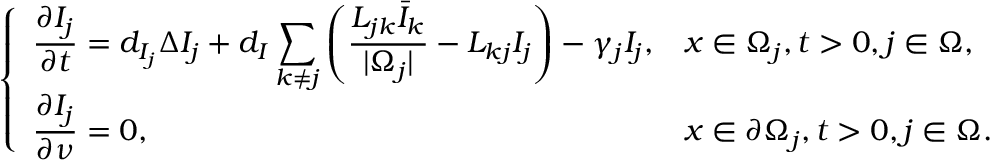
\left\{ \begin{array} { l l } { \displaystyle \frac { \partial I _ { j } } { \partial t } = d _ { I _ { j } } \Delta I _ { j } + d _ { I } \sum _ { k \neq j } \left( \frac { L _ { j k } \bar { I } _ { k } } { | \Omega _ { j } | } - L _ { k j } I _ { j } \right) - { \gamma _ { j } I _ { j } } , } & { x \in \Omega _ { j } , t > 0 , j \in \Omega , } \\ { \displaystyle \frac { \partial I _ { j } } { \partial \nu } = 0 , } & { x \in \partial \Omega _ { j } , t > 0 , j \in \Omega . } \end{array} \right.